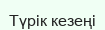
Түрік кезеңі